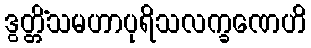
ဒွတ္တိံသမဟာပုရိသလက္ခဏေဟိ